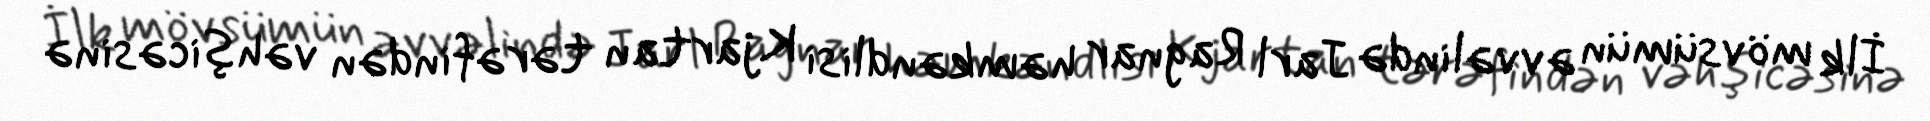
İlk mövsümün əvvəlində Jarl Ragnar həmkəndlisi Kjartan tərəfindən vəhşicəsinə